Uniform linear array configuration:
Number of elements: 32
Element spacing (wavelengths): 0.75
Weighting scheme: hamming
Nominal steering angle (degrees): -30
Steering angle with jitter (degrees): -31.364
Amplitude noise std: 0.05
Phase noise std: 0.05

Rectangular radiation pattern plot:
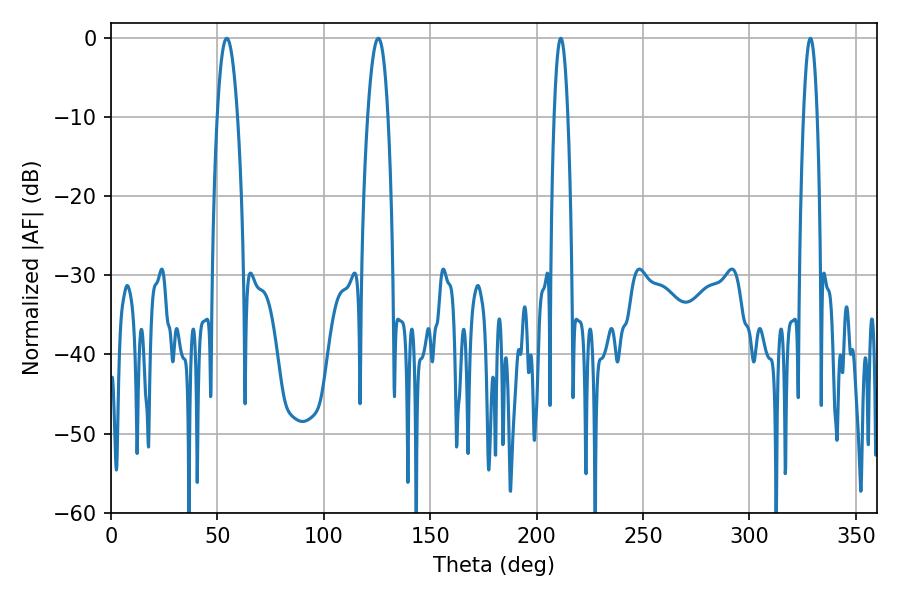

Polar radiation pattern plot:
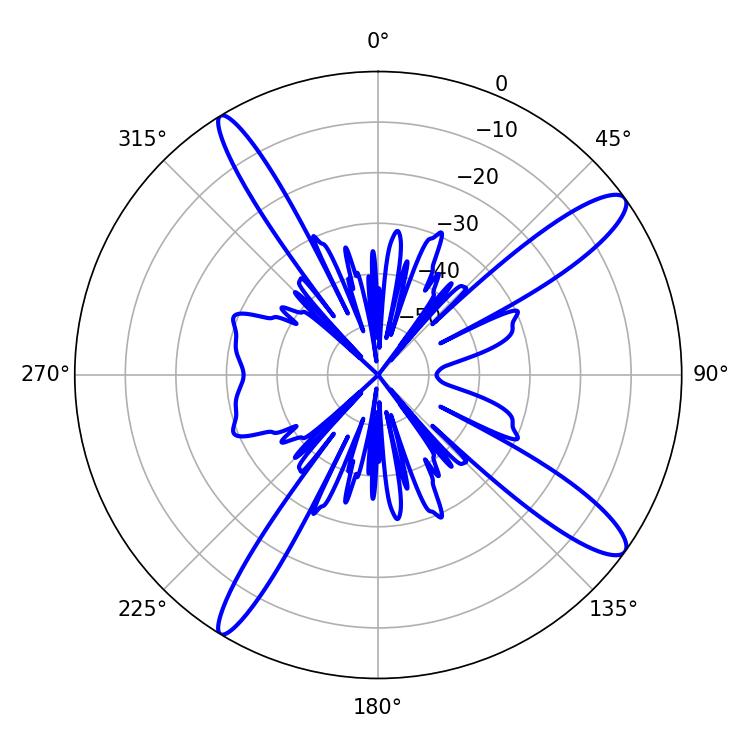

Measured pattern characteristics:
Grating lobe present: TRUE
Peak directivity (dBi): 13.416
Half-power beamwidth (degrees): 5.22
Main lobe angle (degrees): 54.36